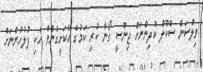
ވިލްސަން ސްކޫލް ކުދިންނަށް ޖިންސީ ގޯނާ ކުރި ކަމުގެ އެކަށީގެންވާ ހެކި ފުލުހުންނަށް